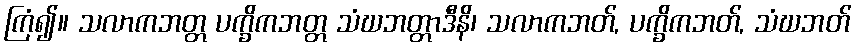
ကြံ၍။ သလာကဘတ္တ ပက္ခိကဘတ္တ သံဃဘတ္တာဒီနိ၊ သလာကဘတ်, ပက္ခိကဘတ်, သံဃဘတ်